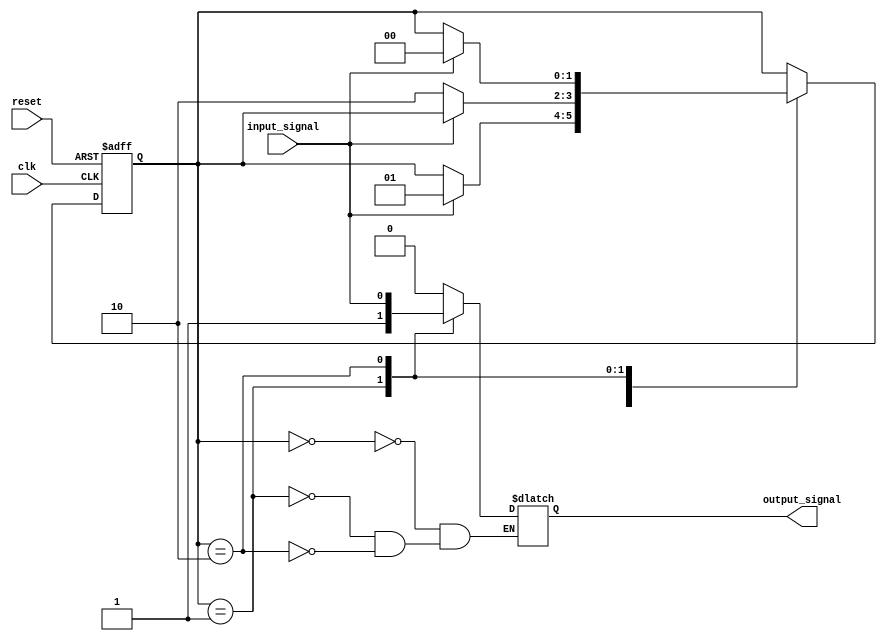
module state_machine (
    input clk,
    input reset,
    input input_signal,
    output reg output_signal
);

// Define states with reduced encoding
parameter STATE_A = 2'b00;
parameter STATE_B = 2'b01;
parameter STATE_C = 2'b10;

// Define state register and initialize to STATE_A
reg [1:0] state_reg;
always @(posedge clk or posedge reset) begin
    if (reset) begin
        state_reg <= STATE_A;
    end else begin
        case (state_reg)
            STATE_A: begin
                if (input_signal) begin
                    state_reg <= STATE_B;
                end
            end
            STATE_B: begin
                if (!input_signal) begin
                    state_reg <= STATE_C;
                end
            end
            STATE_C: begin
                if (input_signal) begin
                    state_reg <= STATE_A;
                end
            end
        endcase
    end
end

// Define output based on current state
always @(state_reg) begin
    case (state_reg)
        STATE_A: begin
            output_signal = 1'b0;
        end
        STATE_B: begin
            output_signal = 1'b1;
        end
        STATE_C: begin
            output_signal = input_signal;
        end
    endcase
end

endmodule